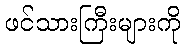
ဖင်သားကြီးများကို